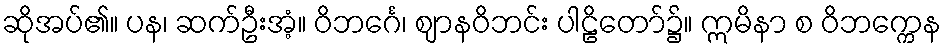
ဆိုအပ်၏။ ပန၊ ဆက်ဦးအံ့။ ဝိဘင်္ဂေ၊ ဈာနဝိဘင်း ပါဠိတော်၌။ ဣမိနာ စ ဝိဘက္ကေန